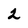
Character: 2